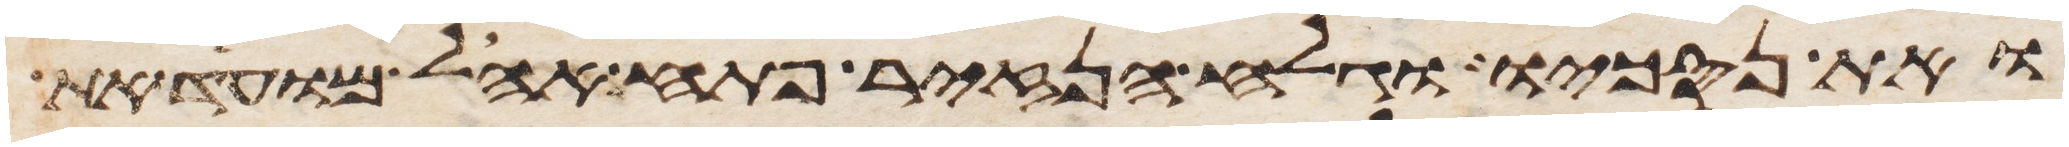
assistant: ואת נסכו וגלח הנזיר פתח אהל מועד את